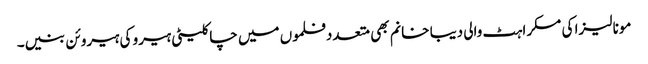
مونا لیزا کی مسکراہٹ والی دیبا خانم بھی متعددفلموں میں چاکلیٹی ہیرو کی ہیروئن بنیں۔